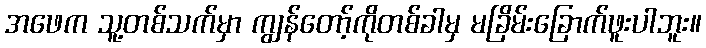
အဖေက သူ့တစ်သက်မှာ ကျွန်တော့်ကိုတစ်ခါမှ မခြိမ်းခြောက်ဖူးပါဘူး။